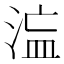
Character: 𭰻